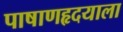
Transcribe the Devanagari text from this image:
पाषाणहृदयाला